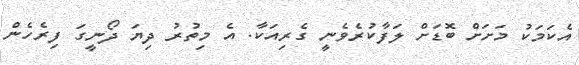
އެކަމަކު މަށަށް ބޮޑަށް ލަފާކުރެވެނީ ގެރިއަކާ. އެ މިތުރު ދިޔަ ދޯނީގަ ފިރެހެން